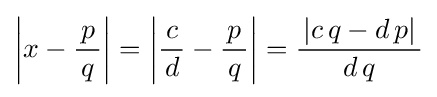
\left|x-{\frac {\,p\,}{q}}\right|=\left|{\frac {\,c\,}{d}}-{\frac {\,p\,}{q}}\right|={\frac {\,|c\,q-d\,p|\,}{d\,q}}